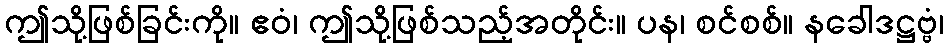
ဤသို့ဖြစ်ခြင်းကို။ ဧဝံ၊ ဤသို့ဖြစ်သည့်အတိုင်း။ ပန၊ စင်စစ်။ နခေါဒဋ္ဌဗ္ဗံ၊